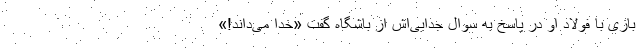
بازی با فولاد او در پاسخ به سوال جدایی‌اش از باشگاه گفت «خدا می‌داند!»